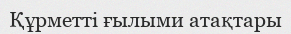
Құрметті ғылыми атақтары